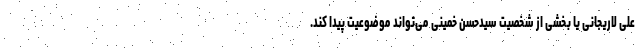
علی لاریجانی یا بخشی از شخصیت سیدحسن خمینی می‌تواند موضوعیت پیدا کند.